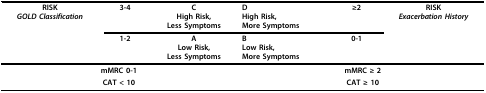
<table><thead><tr><td><b>RISK<i>GOLD Classification</i></b></td><td><b>3-4</b></td><td><b>CHigh Risk,Less Symptoms</b></td><td><b>DHigh Risk,More Symptoms</b></td><td><b>≥2</b></td><td><b>RISK<i>Exacerbation History</i></b></td></tr><tr><td></td><td><b>1-2</b></td><td><b>ALow Risk,Less Symptoms</b></td><td><b>BLow Risk,More Symptoms</b></td><td><b>0-1</b></td><td></td></tr></thead><tbody><tr><td colspan="3"><b>mMRC 0-1</b></td><td colspan="3"><b>mMRC ≥ 2</b></td></tr><tr><td colspan="3"><b>CAT &lt; 10</b></td><td colspan="3"><b>CAT ≥ 10</b></td></tr></tbody></table>